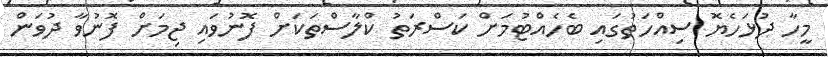
މީހާ ދުޅަހެޔޮ ސިއްހަތުގައި ބެހެއްޓުމަށް ކަސްރަތު ކްލާސްތަކަށް ފޮނުވައި ޖިމަށް ފޮނުވާ ދުވަން